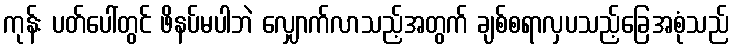
ကုန်း ပတ်ပေါ်တွင် ဖိနပ်မပါဘဲ လျှောက်လာသည့်အတွက် ချစ်စရာလှပသည့်ခြေအစုံသည်